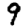
Digit: 9